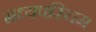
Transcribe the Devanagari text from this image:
मध्यपस्चिम